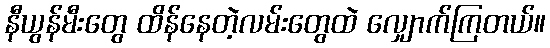
နီယွန်မီးတွေ ထိန်နေတဲ့လမ်းတွေထဲ လျှောက်ကြတယ်။